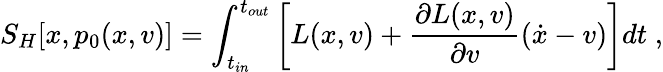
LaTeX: S_{H}[x,p_{0}(x,v)]=\int_{t_{in}}^{t_{out}}\left[L(x,v)+\frac{\partial L(x,v)}{\partial v}(\dot{x}-v)\right]dt\; ,